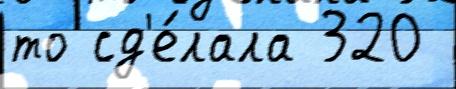
то сд'е́лала 320